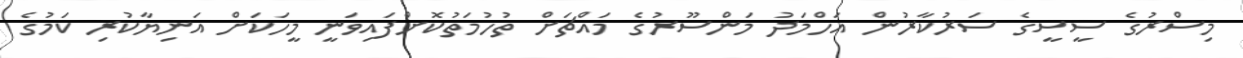
މިސްރުގެ ސީސީގެ ސަރުކާރުން އަހްމަދު މަންސޫރުގެ މައްޗަށް ތުހުމަތުކޮށްފައިވަނީ މީހަކަށް އަނިޔާކުރި ކަމުގެ